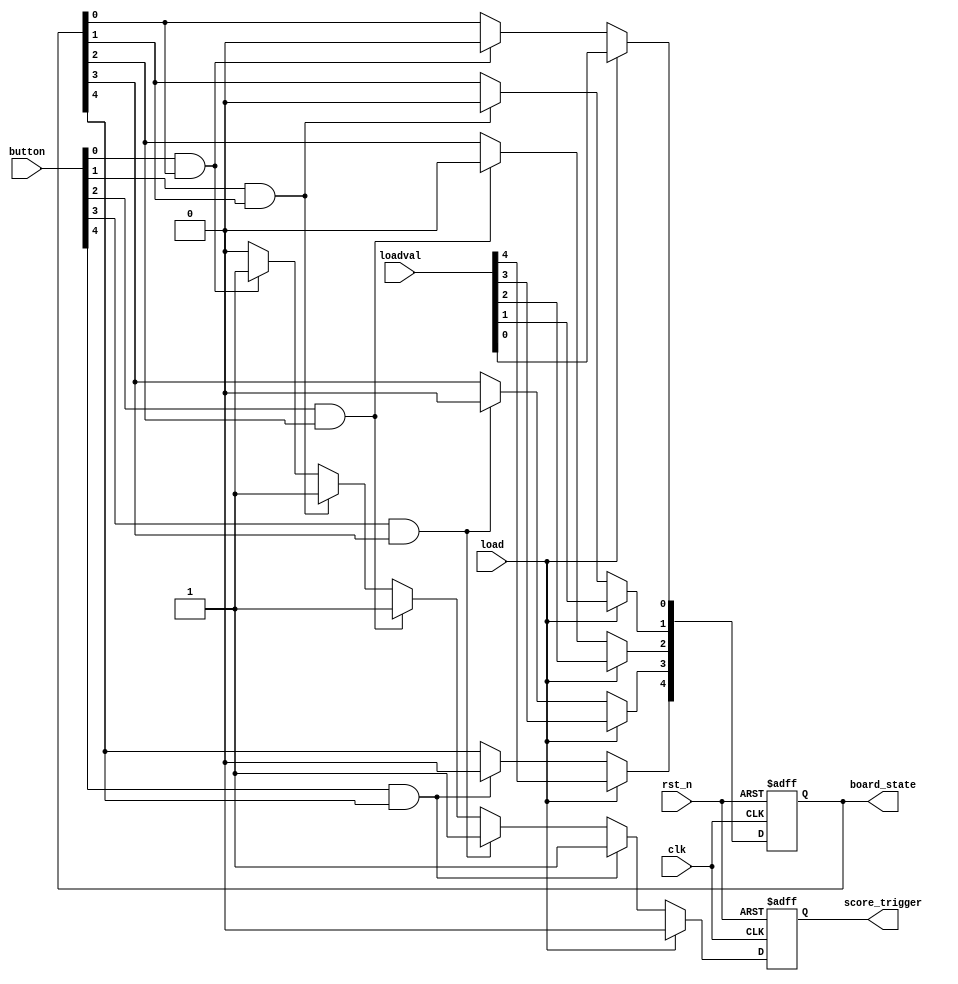
`timescale 1ns / 1ps
//////////////////////////////////
// stores the current active moles
// if active mole is hit, score_trigger is sent, and that mole is set to inactive
// 
// clk - system clock
// rst_n - active low reset
// load - active high load
// loadval - active high state
// button - active high pulse
// score_trigger - active high pulse
// board_state - active high state
///////////////////////////////////
module board_state(
    input clk,
    input rst_n,
    input load,
    input [4:0] loadval,
    input [4:0] button,
    output reg score_trigger,
    output reg [4:0] board_state
    );


    integer i;

    // Initial block to set initial values
    initial begin
        board_state = 5'b00000;
        score_trigger = 0;
    end

    // Sequential always block triggered on clock edge or reset
    always @(posedge clk or negedge rst_n) begin
        if (!rst_n) begin
            // Active low reset
            board_state <= 5'b00000;
            score_trigger <= 0;
        end else if (load) begin
            // Load new board state
            board_state <= loadval;
            score_trigger <= 0;  // Clear score_trigger on load
        end else begin
            // Default to 0, will be set to 1 if hit detected
            score_trigger <= 0;
            for (i = 0; i < 5; i = i + 1) begin
                if (button[i] && board_state[i]) begin
                    board_state[i] <= 0;
                    score_trigger <= 1;
                end
            end
        end
    end

endmodule